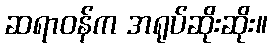
ဆရာဝန်က အရုပ်ဆိုးဆိုး။